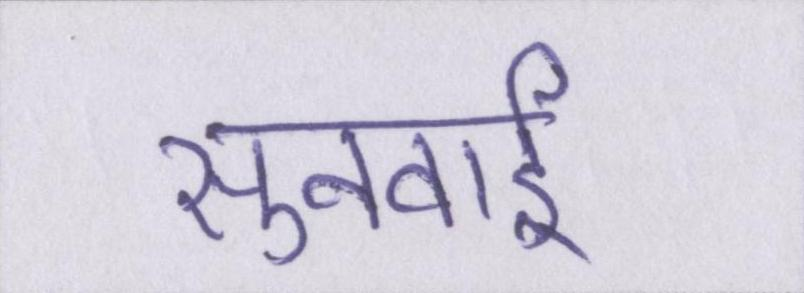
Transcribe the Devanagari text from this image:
सुनवाई